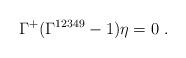
LaTeX: \begin{align*}\Gamma^+(\Gamma^{12349}-1)\eta =0~.\end{align*}